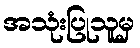
အသုံးပြုသူမှ